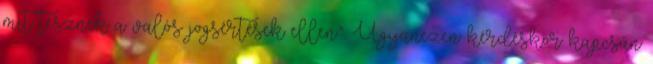
mit tesznek a valós jogsértések ellen”. Ugyanezen kérdéskör kapcsán